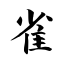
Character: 雀